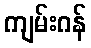
ကျမ်းဂန်